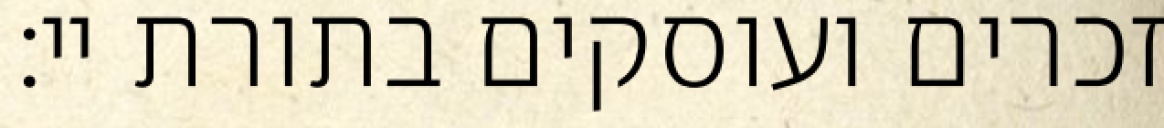
זכרים ועוסקים בתורת יי: